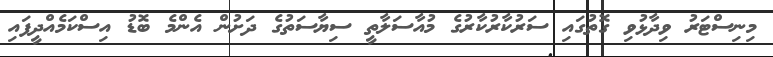
މިނިސްޓަރު ވިދާޅުވި ގޮތުގައި ސަރުކާރުކާރުގެ މުއާސަލާތީ ސިޔާސަތުގެ ދަށުން އެންމެ ބޮޑު އިސްކަމެއްދީފައި